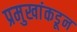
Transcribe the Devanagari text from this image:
प्रमुखांकडून